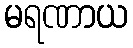
မရဏာယ